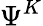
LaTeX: \Psi^{K}